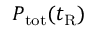
P _ { \mathrm { { t o t } } } ( t _ { \mathrm { { R } } } )